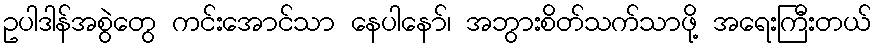
ဥပါဒါန်အစွဲတွေ ကင်းအောင်သာ နေပါနော်၊ အဘွားစိတ်သက်သာဖို့ အရေးကြီးတယ်